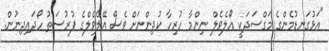
"އަޅުގަނޑުމެންގެ މަގްސަދަކީ އޯލެވެލް ނިންމާ ހުރިހާ ކުދިންނަށް ވެސް އޭލެވެލްގެ ފުރުސަތު ހޯދައިދިނުން.